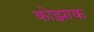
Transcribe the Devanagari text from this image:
कोझाक